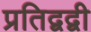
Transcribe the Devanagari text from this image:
प्रतिद्वद्वी